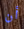
أن